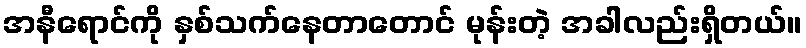
အနီရောင်ကို နှစ်သက်နေတာတောင် မုန်းတဲ့ အခါလည်းရှိတယ်။